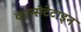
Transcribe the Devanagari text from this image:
कान्सेटेटाइन